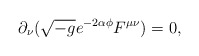
\begin{align*}\partial_\nu(\sqrt{-g}e^{-2\alpha\phi}F^{\mu\nu})=0,\end{align*}